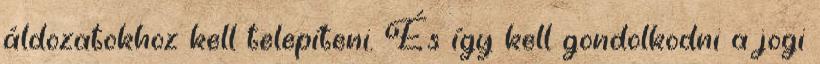
áldozatokhoz kell telepíteni. És így kell gondolkodni a jogi